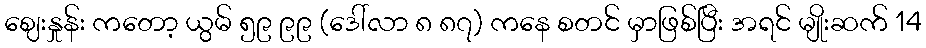
ဈေးနှုန်း ကတော့ ယွမ် ၅၉ ၉၉ (ဒေါ်လာ ၈ ၈၇) ကနေ စတင် မှာဖြစ်ပြီး အရင် မျိုးဆက် 14